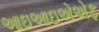
આઇઆઇએએફ